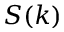
S ( k )